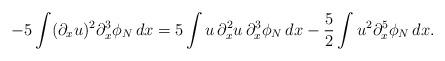
LaTeX: \begin{align*}-5\int (\partial_xu)^2\partial_x^3\phi_N\,dx=5\int u\,\partial_x^2u\,\partial_x^3\phi_N\,dx-\frac52\int u^2\partial_x^5\phi_N \,dx.\end{align*}